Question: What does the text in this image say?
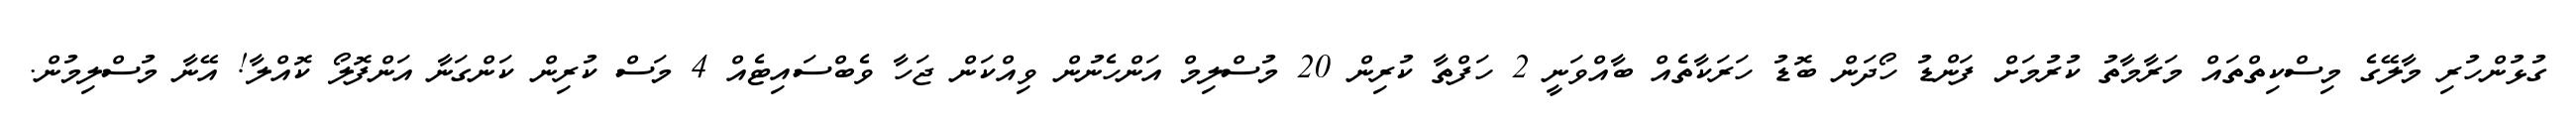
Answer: ގުޅުންހުރި މާލޭގެ މިސްކިތްތައް މަރާމާތު ކުރުމަށް ފަންޑު ހޯދަން ބޮޑު ހަރަކާތެއް ބާއްވަނީ 2 ހަފްތާ ކުރިން 20 މުސްލިމް އަންހެނުން ވިއްކަން ޖަހާ ވެބްސައިޓެއް 4 މަސް ކުރިން ކަންގަނާ އަންފޮލޯ ކޮއްލާ! އޭނާ މުސްލިމުން.